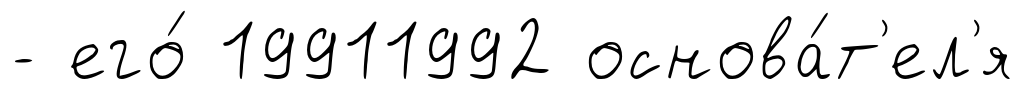
- его́ 19911992 основа́т'ел'я